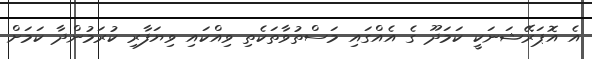
އެ އޮޕަރޭޝަނަކީ ކަމަދޫ ގެ އެއްގައި މަސްތުވާތަކެތި ވިއްކައި ވިޔަފާރި ކުރަމުންދާ ކަމަށް